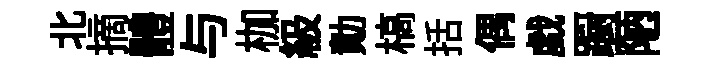
北摘體与枷級勣槁括偶戯蹰陋